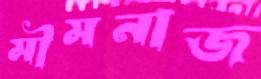
মীমনাজ